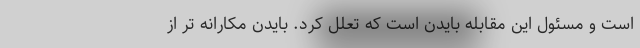
است و مسئول این مقابله بایدن است که تعلل کرد. بایدن مکارانه تر از